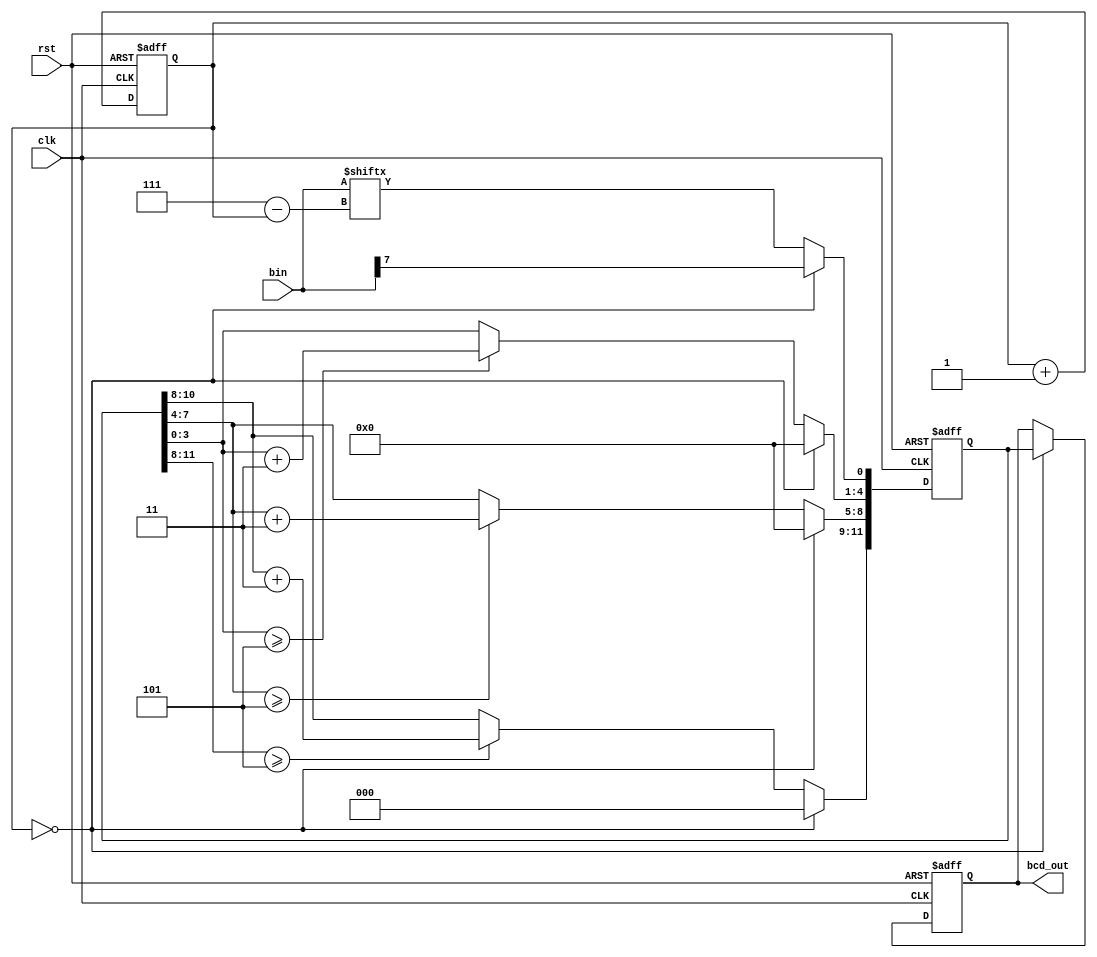
`timescale 1ns / 1ps
//////////////////////////////////////////////////////////////////////////////////
// Company: 
// Engineer: 
// 
// Design Name: 
// Module Name: bin2bcd
// Project Name: 
// Target Devices: 
// Tool Versions: 
// Description: 
// 
// Dependencies: 
// 
// Revision:
// Revision 0.01 - File Created
// Additional Comments:
// 
//////////////////////////////////////////////////////////////////////////////////
module bin2bcd(clk, rst, bin, bcd_out);
input clk, rst;
input [7:0] bin;
reg [11:0] bcd;
output reg [11:0] bcd_out;

reg [2:0] i;

always @(negedge rst or posedge clk) begin
if(!rst) begin
bcd <= {4'd0, 4'd0, 4'd0};
i <= 0;
end
else begin
if(i==0) begin
bcd[11:1] <= 11'b0000_0000_000;
bcd[0] <= bin[7];
end
else begin
bcd[11:9] <= (bcd[11:8] >=3'd5) ? bcd[11:8]+2'd3 : bcd[11:8];
bcd[8:5] <= (bcd[7:4] >=3'd5) ? bcd[7:4]+2'd3 : bcd[7:4];
bcd[4:1] <= (bcd[3:0] >=3'd5) ? bcd[3:0]+2'd3 : bcd[3:0];
bcd[0] <= bin[7-i];
end
i <= i+1;
end
end
always @(negedge rst or posedge clk) begin
if(!rst) bcd_out <= {4'd0, 4'd0, 4'd0};
else if(i==0) bcd_out <= bcd;
end
endmodule